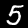
Digit: 5